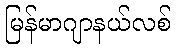
မြန်မာဂျာနယ်လစ်